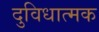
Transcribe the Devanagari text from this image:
दुविधात्मक